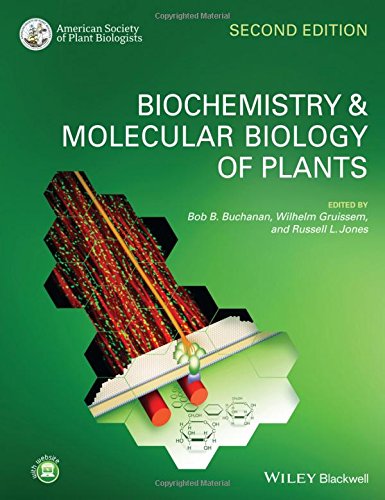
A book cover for Biochemistry and Molecular Biology of Plants; Engineering & Transportation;